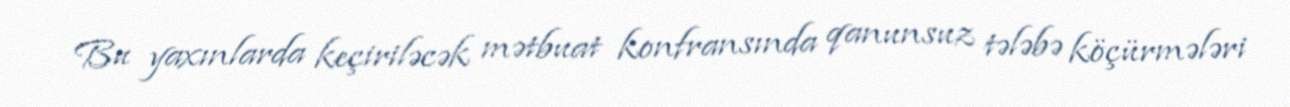
Bu yaxınlarda keçiriləcək mətbuat konfransında qanunsuz tələbə köçürmələri